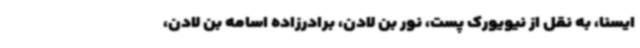
ایسنا، به نقل از نیویورک پست، نور بن لادن، برادرزاده اسامه بن لادن،